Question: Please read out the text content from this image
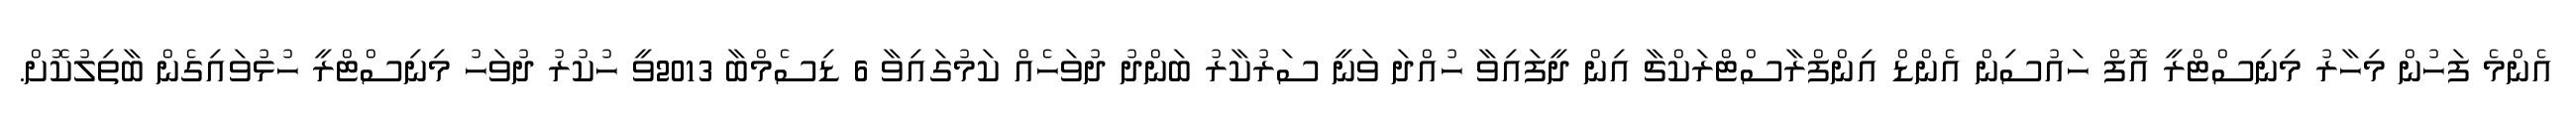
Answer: އެންމެ ފަހުން މިހާރު މިނިސްޓްރީ އޮފް ހައުސިން އެންޑް އިންފްރާސްޓްރަކްޗާ އިން ދީފައިވާ ހުއްދަ ވަނީ ސަރުކާރު ބަންދު ދުވަހެއް ކަމުގައިވާ 6 ޑިސެމްބާ 2013ވީ ހުކުރު ދުވަހު މިނިސްޓްރީ ހުޅުވައިގެން ބާތިލުކޮށް.